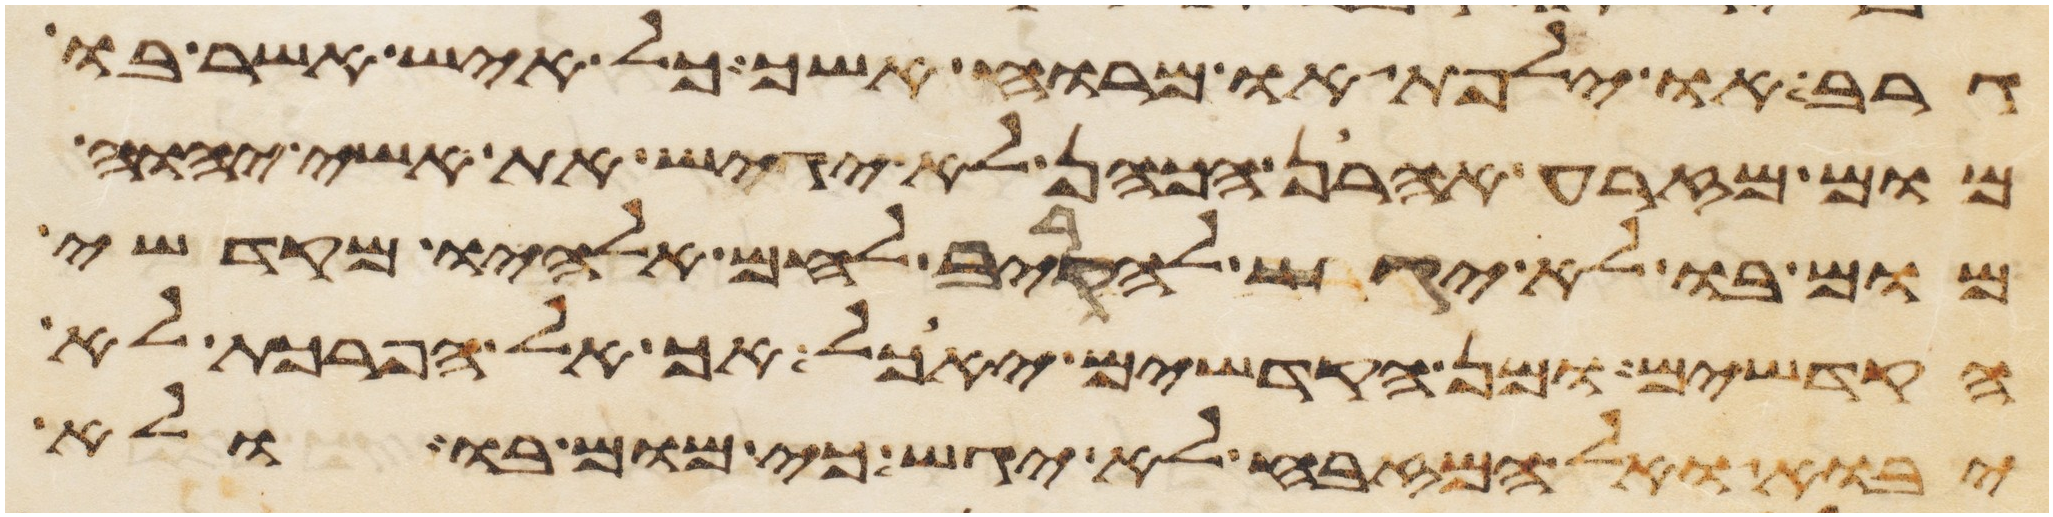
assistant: גרב או ילפת או מרוח אשך כל איש אשר בו
מום מזרע אהרן הכהן לא יגיש את אשי יהוה
מום בו לא יגש להקריב לחם אלהיו מקדשי
הקדשים ומן הקדשים יאכל אך אל הפרכת לא
יבוא ואל המזבח לא יגש כי מום בו ולא